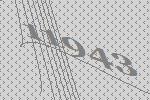
11943